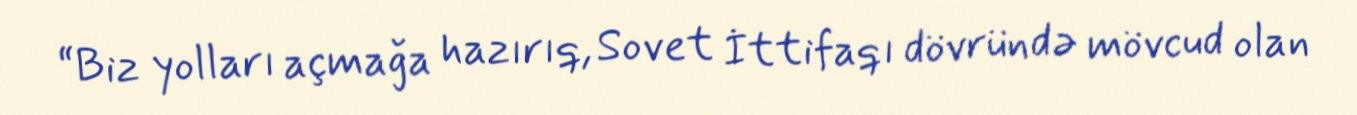
“Biz yolları açmağa hazırıq, Sovet İttifaqı dövründə mövcud olan